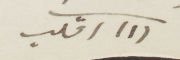
(١) اقلب